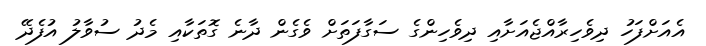
އެއަށްފަހު ދިވެހިރާއްޖެއަށާއި ދިވެހިންގެ ސަގާފަތަަށް ވެގެން ދާނެ ގޮތަކާއި މެދު ސުވާލު އުފެދޭ